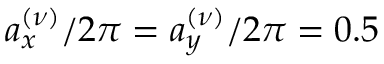
a _ { x } ^ { ( \nu ) } / 2 \pi = a _ { y } ^ { ( \nu ) } / 2 \pi = 0 . 5